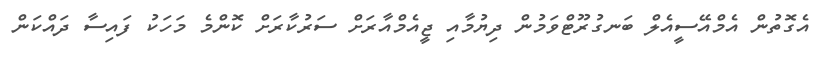
އެގޮތުން އެމްއޭސީއެލް ބަނގުރޫޓްވަމުން ދިޔުމާއި ޖީއެމްއާރަށް ސަރުކާރަށް ކޮންމެ މަހަކު ފައިސާ ދައްކަން